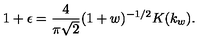
1 + \epsilon = \frac { 4 } { \pi \sqrt { 2 } } ( 1 + w ) ^ { - 1 / 2 } K ( k _ { w } ) .